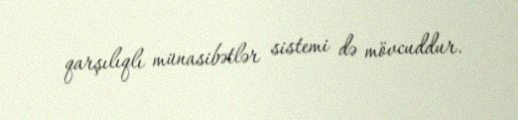
qarşılıqlı münasibətlər sistemi də mövcuddur.